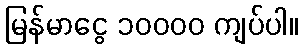
မြန်မာငွေ ၁၀၀၀၀ ကျပ်ပါ။